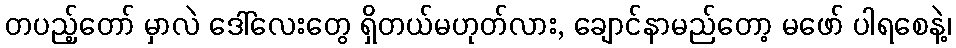
တပည့်တော် မှာလဲ ဒေါ်လေးတွေ ရှိတယ်မဟုတ်လား, ချောင်နာမည်တော့ မဖော် ပါရစေနဲ့၊